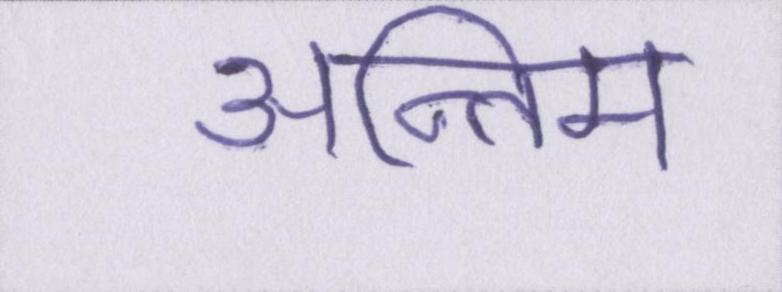
अन्तिम